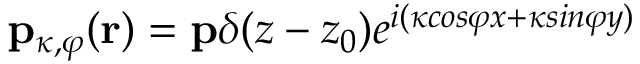
\mathbf { p } _ { \kappa , \varphi } ( \mathbf { r } ) = \mathbf { p } \delta ( z - z _ { 0 } ) e ^ { i ( \kappa { c o s \varphi } x + \kappa { s i n \varphi } y ) }